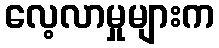
လေ့လာမှုများက